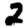
Digit: 2